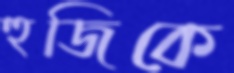
হুজিকে